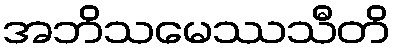
အဘိသမေဿသီတိ